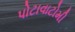
પોટાવાટોમી